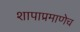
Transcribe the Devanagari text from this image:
शापाप्रमाणेच